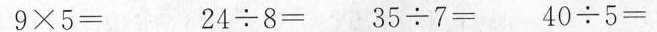
$$9 \times 5 =$$ $$2 4 {\div} 8 =$$ $$3 5 {\div} 7 =$$ $$4 0 {\div} 5 =$$